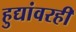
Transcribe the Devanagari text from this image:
हुद्यांवरही